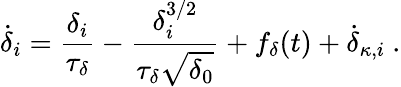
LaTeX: \dot{\delta}_{i}=\frac{\delta_{i}}{\tau_{\delta}}-\frac{\delta_{i}^{3/2}}{\tau_{\delta}\sqrt{\delta_{0}}}+f_{\delta}(t)+\dot{\delta}_{\kappa,i}\ .